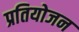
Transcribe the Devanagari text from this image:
प्रतियोजन